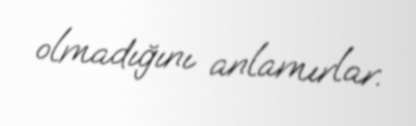
olmadığını anlamırlar.